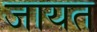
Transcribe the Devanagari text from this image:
जायत